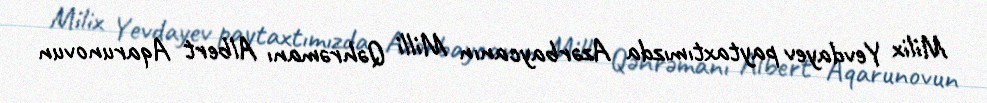
Milix Yevdayev paytaxtımızda Azərbaycanın Milli Qəhrəmanı Albert Aqarunovun